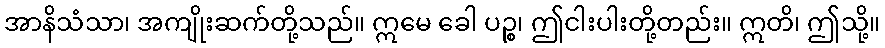
အာနိသံသာ၊ အကျိုးဆက်တို့သည်။ ဣမေ ခေါ ပဉ္စ၊ ဤငါးပါးတို့တည်း။ ဣတိ၊ ဤသို့။